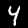
Label: 4